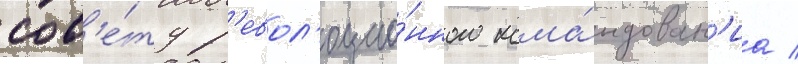
сов'е́ту р'евол'юцио́нного кома́ндован'иа /